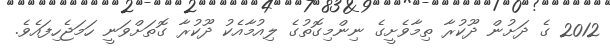
2012 ގެ ދަށުން ދޫކުރާ ތިމާވެށީގެ ނިންމިގޮތުގެ ލިއުމާއެކު ދޫކުރާ ގޮތަށްވަނީ ހަމަޖެހިފައެވެ.